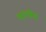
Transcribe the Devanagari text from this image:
शास्त्रेच